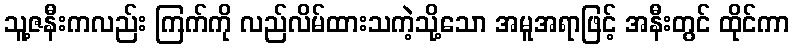
သူ့ဇနီးကလည်း ကြက်ကို လည်လိမ်ထားသကဲ့သို့သော အမူအရာဖြင့် အနီးတွင် ထိုင်ကာ